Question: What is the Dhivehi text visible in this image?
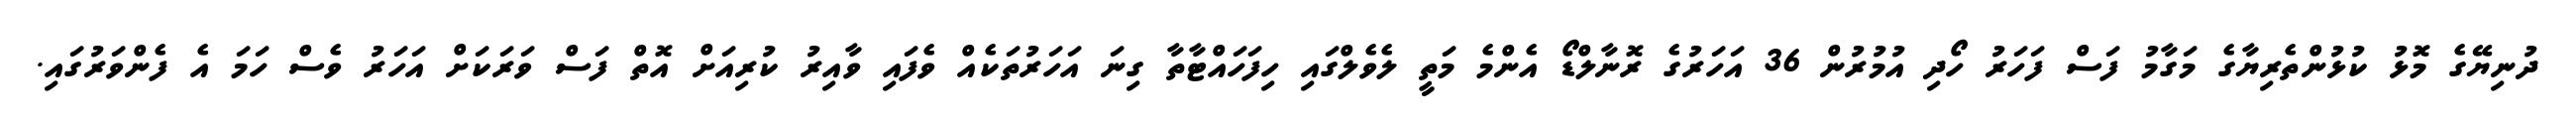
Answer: ދުނިޔޭގެ މޮޅު ކުޅުންތެރިޔާގެ މަގާމު ފަސް ފަހަރު ހޯދި އުމުރުން 36 އަހަރުގެ ރޮނާލްޑޯ އެންމެ މަތީ ލެވެލްގައި ހިފަހައްޓާތާ ގިނަ އަހަރުތަކެއް ވެފައި ވާއިރު ކުރިއަށް އޮތް ފަސް ވަރަކަށް އަހަރު ވެސް ހަމަ އެ ފެންވަރުގައި.